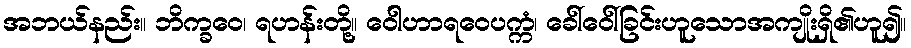
အဘယ်နည်း။ ဘိက္ခဝေ၊ ရဟန်းတို့။ ဝေါဟာရဝေပက္ကံ၊ ခေါ်ဝေါ်ခြင်းဟူသောအကျိုးရှိ၏ဟူ၍။